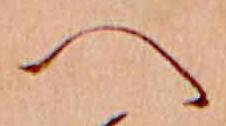
へ